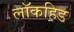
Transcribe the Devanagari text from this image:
लॉकहिड